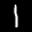
Label: 1